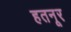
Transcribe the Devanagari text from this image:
हतनूर